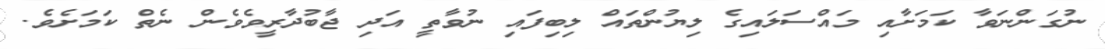
ނުގަންނަވާ ކަމަށާއި މައްސަލައިގެ ލިޔުންތައް ލިބިފައި ނުވާތީ އަދި ޖާބުދާރީވެވެން ނެތް ކަމަށެވެ.